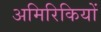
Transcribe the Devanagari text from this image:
अमिरिकियों